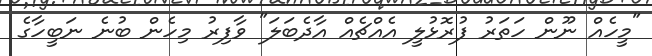
"މީހެއް ނޫން ހަތަރު ފުރޮޅުލީ އެއްޗެއް އާދެބަލަ" ވާފިރު މިހެން ބުނެ ނަބީހާގެ